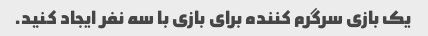
یک بازی سرگرم کننده برای بازی با سه نفر ایجاد کنید.